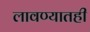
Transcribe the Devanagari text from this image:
लावण्यातही